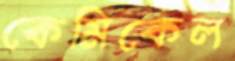
কেমিকেল